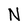
Character: N